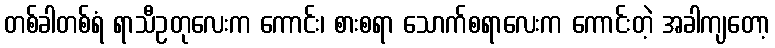
တစ်ခါတစ်ရံ ရာသီဥတုလေးက ကောင်း၊ စားစရာ သောက်စရာလေးက ကောင်းတဲ့ အခါကျတော့